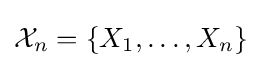
{\mathcal {X}}_{n}=\{X_{1},\dots ,X_{n}\}